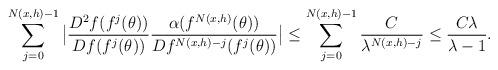
LaTeX: \begin{align*} \sum_{j=0}^{N(x,h)-1} \big| \frac{D^2 f(f^j(\theta))}{Df(f^j(\theta))} \frac{\alpha(f^{N(x,h)}(\theta))}{Df^{N(x,h)-j}(f^j(\theta))}\big| &\leq \sum_{j=0}^{N(x,h)-1} \frac{C}{\lambda^{N(x,h)-j}} \leq \frac{C\lambda}{\lambda-1}.\end{align*}